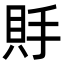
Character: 𧵃